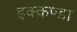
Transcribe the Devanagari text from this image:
इक्कण्डा